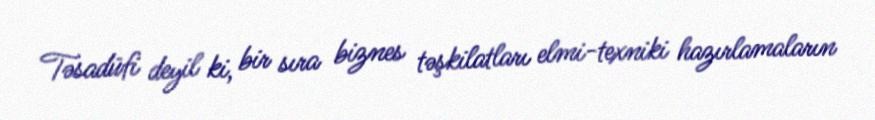
Təsadüfi deyil ki, bir sıra biznes təşkilatları elmi-texniki hazırlamaların